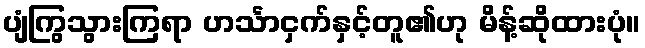
ပျံကြွသွားကြရာ ဟင်္သာငှက်နှင့်တူ၏ဟု မိန့်ဆိုထားပုံ။